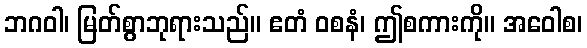
ဘဂဝါ၊ မြတ်စွာဘုရားသည်။ ဧတံ ဝစနံ၊ ဤစကားကို။ အဝေါစ၊